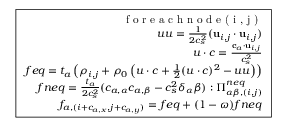
\boxed { \begin{array} { r c l } { \textrm { f o r e a c h n o d e ( i , j ) } } \\ { u u = \frac { 1 } { 2 c _ { s } ^ { 2 } } ( \mathbf { u } _ { i , j } \cdot \mathbf { u } _ { i , j } ) } \\ { u \cdot c = \frac { \mathbf { c } _ { a } \cdot \mathbf { u } _ { i , j } } { c _ { s } ^ { 2 } } } \\ { f e q = t _ { a } \left( \rho _ { i , j } + \rho _ { 0 } \left( u \cdot c + \frac { 1 } { 2 } ( u \cdot c ) ^ { 2 } - u u \right) \right) } \\ { f n e q = \frac { t _ { a } } { 2 c _ { s } ^ { 2 } } ( c _ { a , \alpha } c _ { a , \beta } - c _ { s } ^ { 2 } \delta _ { \alpha } \beta ) : \Pi _ { \alpha \beta , ( i , j ) } ^ { n e q } } \\ { f _ { a , ( i + c _ { a , x } , j + c _ { a , y } ) } = f e q + ( 1 - \omega ) f n e q } \end{array} }